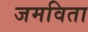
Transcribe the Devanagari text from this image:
जमविता